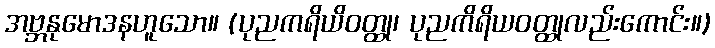
အဗ္ဘနုမောဒနဟူသော။ (ပုညကရိယိဝတ္ထု၊ ပုညကိရိယဝတ္ထုလည်းကောင်း။)